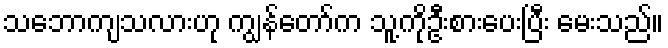
သဘောကျသလားဟု ကျွန်တော်က သူ့ကိုဦးစားပေးပြီး မေးသည်။